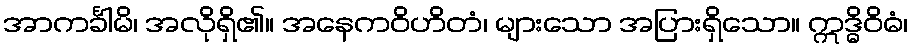
အာကင်္ခါမိ၊ အလိုရှိ၏။ အနေကဝိဟိတံ၊ များသော အပြားရှိသော။ ဣဒ္ဓိဝိဓံ၊